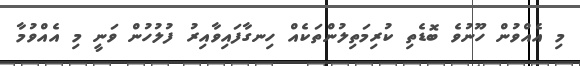
މި އެއްވުން ހޫނުވެ ބޮޑެތި ކުރިމަތިލުންތަކެއް ހިނގާފައިވާއިރު ފުލުހުން ވަނީ މި އެއްވުމާ